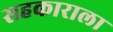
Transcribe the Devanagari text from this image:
सहकाराला